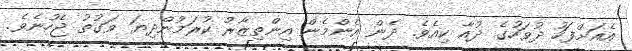
އެއަށްފަހު ދުވަހުގެ ދުއާ ކިއެވެ. ދެން އެންމެން އިންތިޒާރު ކުރަމުންދިޔަ ވަގުތު ޖެހުނެވެ.